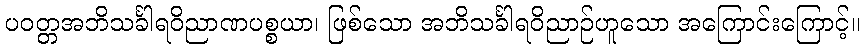
ပဝတ္တအဘိသင်္ခါရဝိညာဏပစ္စယာ၊ ဖြစ်သော အဘိသင်္ခါရဝိညာဉ်ဟူသော အကြောင်းကြောင့်။